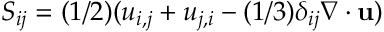
S _ { i j } = ( 1 / 2 ) ( u _ { i , j } + u _ { j , i } - ( 1 / 3 ) \delta _ { i j } \nabla \cdot \mathbf { u } )